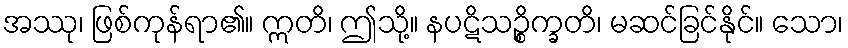
အဿု၊ ဖြစ်ကုန်ရာ၏။ ဣတိ၊ ဤသို့။ နပဋိသဉ္စိက္ခတိ၊ မဆင်ခြင်နိုင်။ သော၊